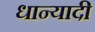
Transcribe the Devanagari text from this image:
धान्यादी